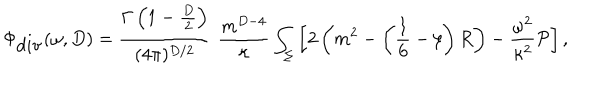
LaTeX: \Phi _ { \mathrm { d i v } } ( \omega , D ) = { \frac { \Gamma \left( 1 - \frac D 2 \right) } { ( 4 \pi ) ^ { D / 2 } } } \, \, { \frac { m ^ { D - 4 } } { \kappa } } \int _ { \Sigma } \left[ 2 \left( m ^ { 2 } - \left( \frac 1 6 - \xi \right) R \right) - { \frac { \omega ^ { 2 } } { \kappa ^ { 2 } } } { \cal P } \right] ,